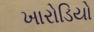
ખારોડિયો